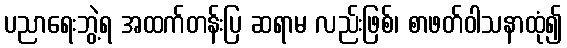
ပညာရေးဘွဲ့ရ အထက်တန်းပြ ဆရာမ လည်းဖြစ်၊ စာဖတ်ဝါသနာထုံ၍